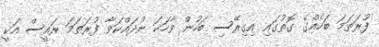
ފުރަތަމަ ބަހެއްގެ ގޮތުގައި އިގިރޭސި ބަހުން ވާހަކަ ނުދައްކަވާ ފުރަތަމަ ރައީސް އަކީ